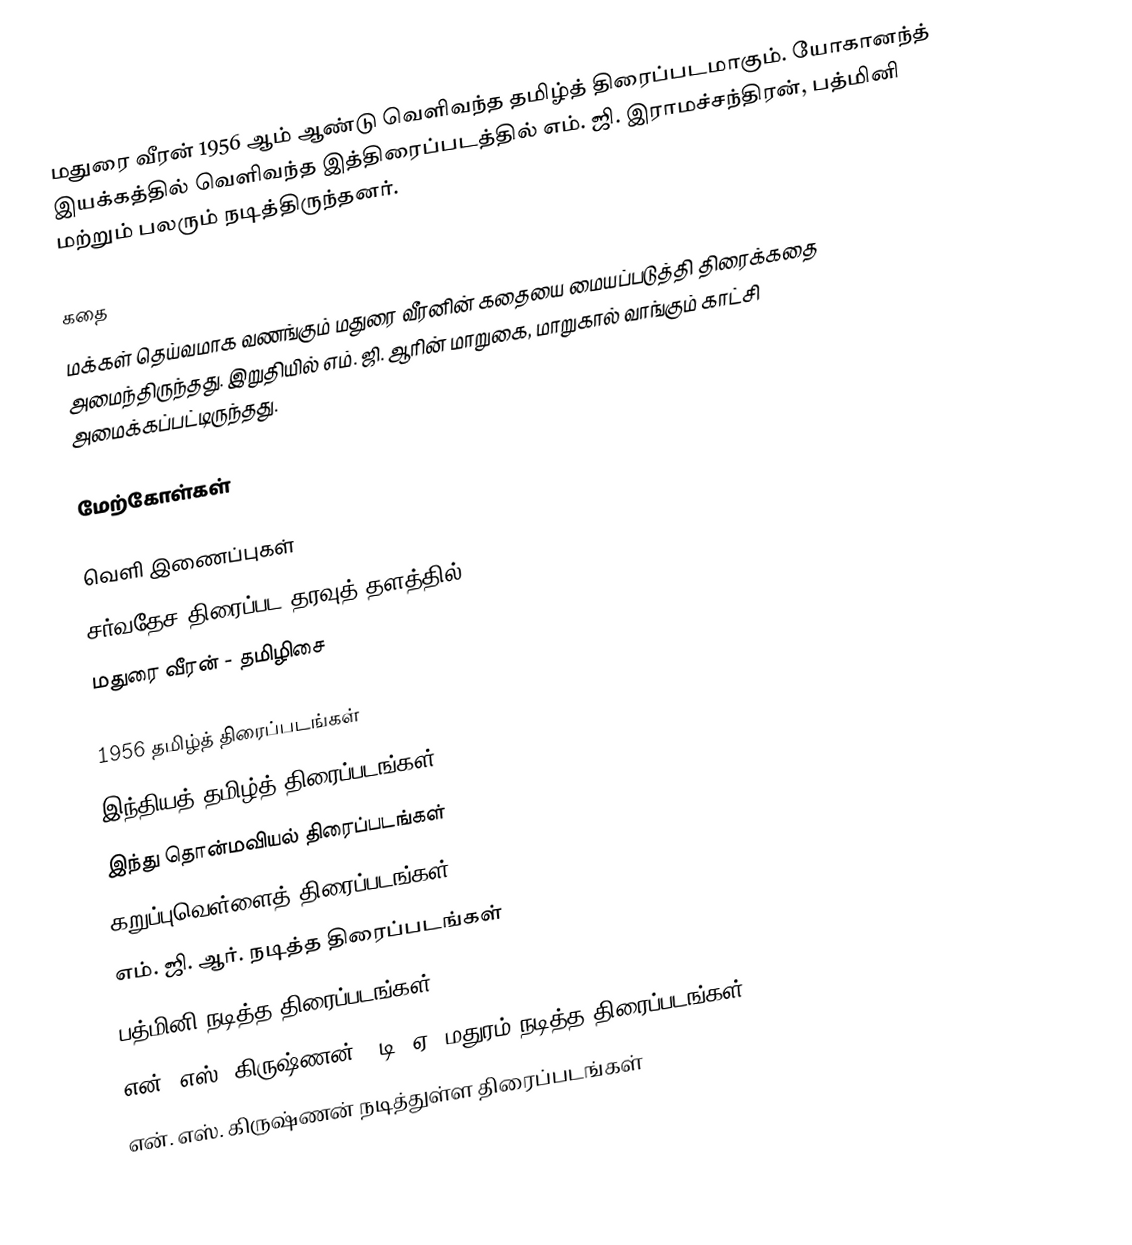
மதுரை வீரன் 1956 ஆம் ஆண்டு வெளிவந்த தமிழ்த் திரைப்படமாகும். யோகானந்த் இயக்கத்தில் வெளிவந்த இத்திரைப்படத்தில் எம். ஜி. இராமச்சந்திரன், பத்மினி மற்றும் பலரும் நடித்திருந்தனர்.

கதை
மக்கள் தெய்வமாக வணங்கும் மதுரை வீரனின் கதையை மையப்படுத்தி திரைக்கதை அமைந்திருந்தது. இறுதியில் எம். ஜி. ஆரின் மாறுகை, மாறுகால் வாங்கும் காட்சி அமைக்கப்பட்டிருந்தது.

மேற்கோள்கள்

வெளி இணைப்புகள்
 சர்வதேச திரைப்பட தரவுத் தளத்தில்
 மதுரை வீரன் - தமிழிசை

1956 தமிழ்த் திரைப்படங்கள்
இந்தியத் தமிழ்த் திரைப்படங்கள்
இந்து தொன்மவியல் திரைப்படங்கள்
கறுப்புவெள்ளைத் திரைப்படங்கள்
எம். ஜி. ஆர். நடித்த திரைப்படங்கள்
பத்மினி நடித்த திரைப்படங்கள்
என். எஸ். கிருஷ்ணன் - டி. ஏ. மதுரம் நடித்த திரைப்படங்கள்
என். எஸ். கிருஷ்ணன் நடித்துள்ள திரைப்படங்கள்